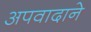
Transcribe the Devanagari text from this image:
अपवादाने